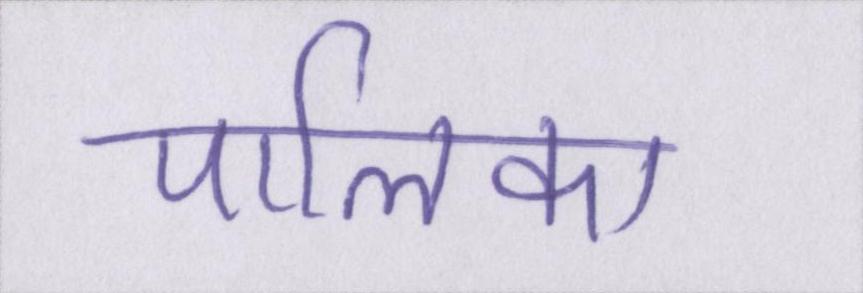
पालिका